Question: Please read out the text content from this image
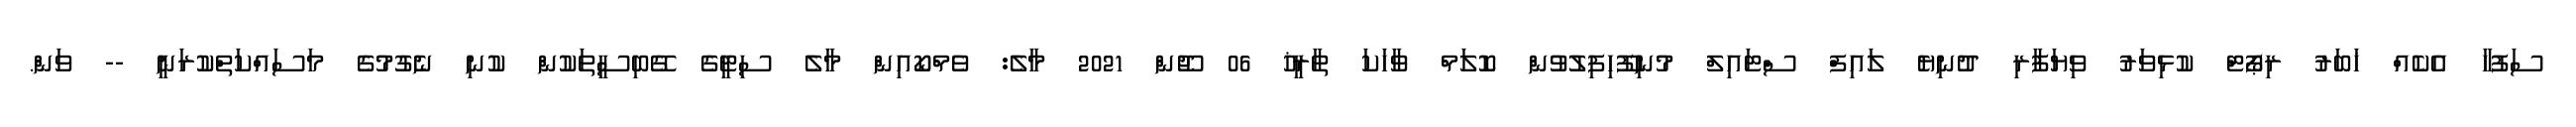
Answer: ސަފުހާ އެކެއް ޚަބަރު ރިޕޯޓް ކުޅިވަރު ވިޔަފާރި ދުނިޔެ ލައިފް ސްޓައިލް މުނިފޫހިފިލުވުން ކޮލަމް ވާހަކަ ތާރީޚު 06 ޖޫން 2021 މާލެ: ވެމްކޯއިން މާލެ ސިޓީގެ ގޭބިސީތަކުން ކުނި ނެގުމުގެ މަސައްކަތްކުރަނީ -- ވަން.